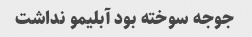
جوجه سوخته بود آبلیمو نداشت